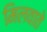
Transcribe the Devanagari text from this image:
मिलवाते